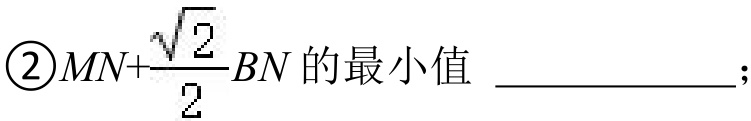
\textcircled{2}\(MN + \dfrac{\sqrt{2}}{2}BN\)的最小值  ；